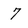
Character: 7